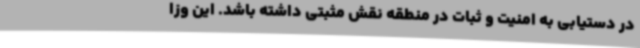
در دستیابی به امنیت و ثبات در منطقه نقش مثبتی داشته باشد. این وزا